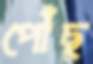
পোঁছ্‌